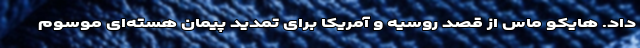
داد. هایکو ماس از قصد روسیه و آمریکا برای تمدید پیمان هسته‌ای موسوم